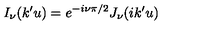
I _ { \nu } ( k ^ { \prime } u ) = e ^ { - i \nu \pi / 2 } J _ { \nu } ( i k ^ { \prime } u )